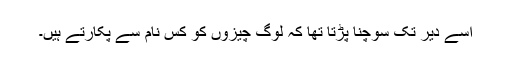
اسے دیر تک سوچنا پڑتا تھا کہ لوگ چیزوں کو کس نام سے پکارتے ہیں۔